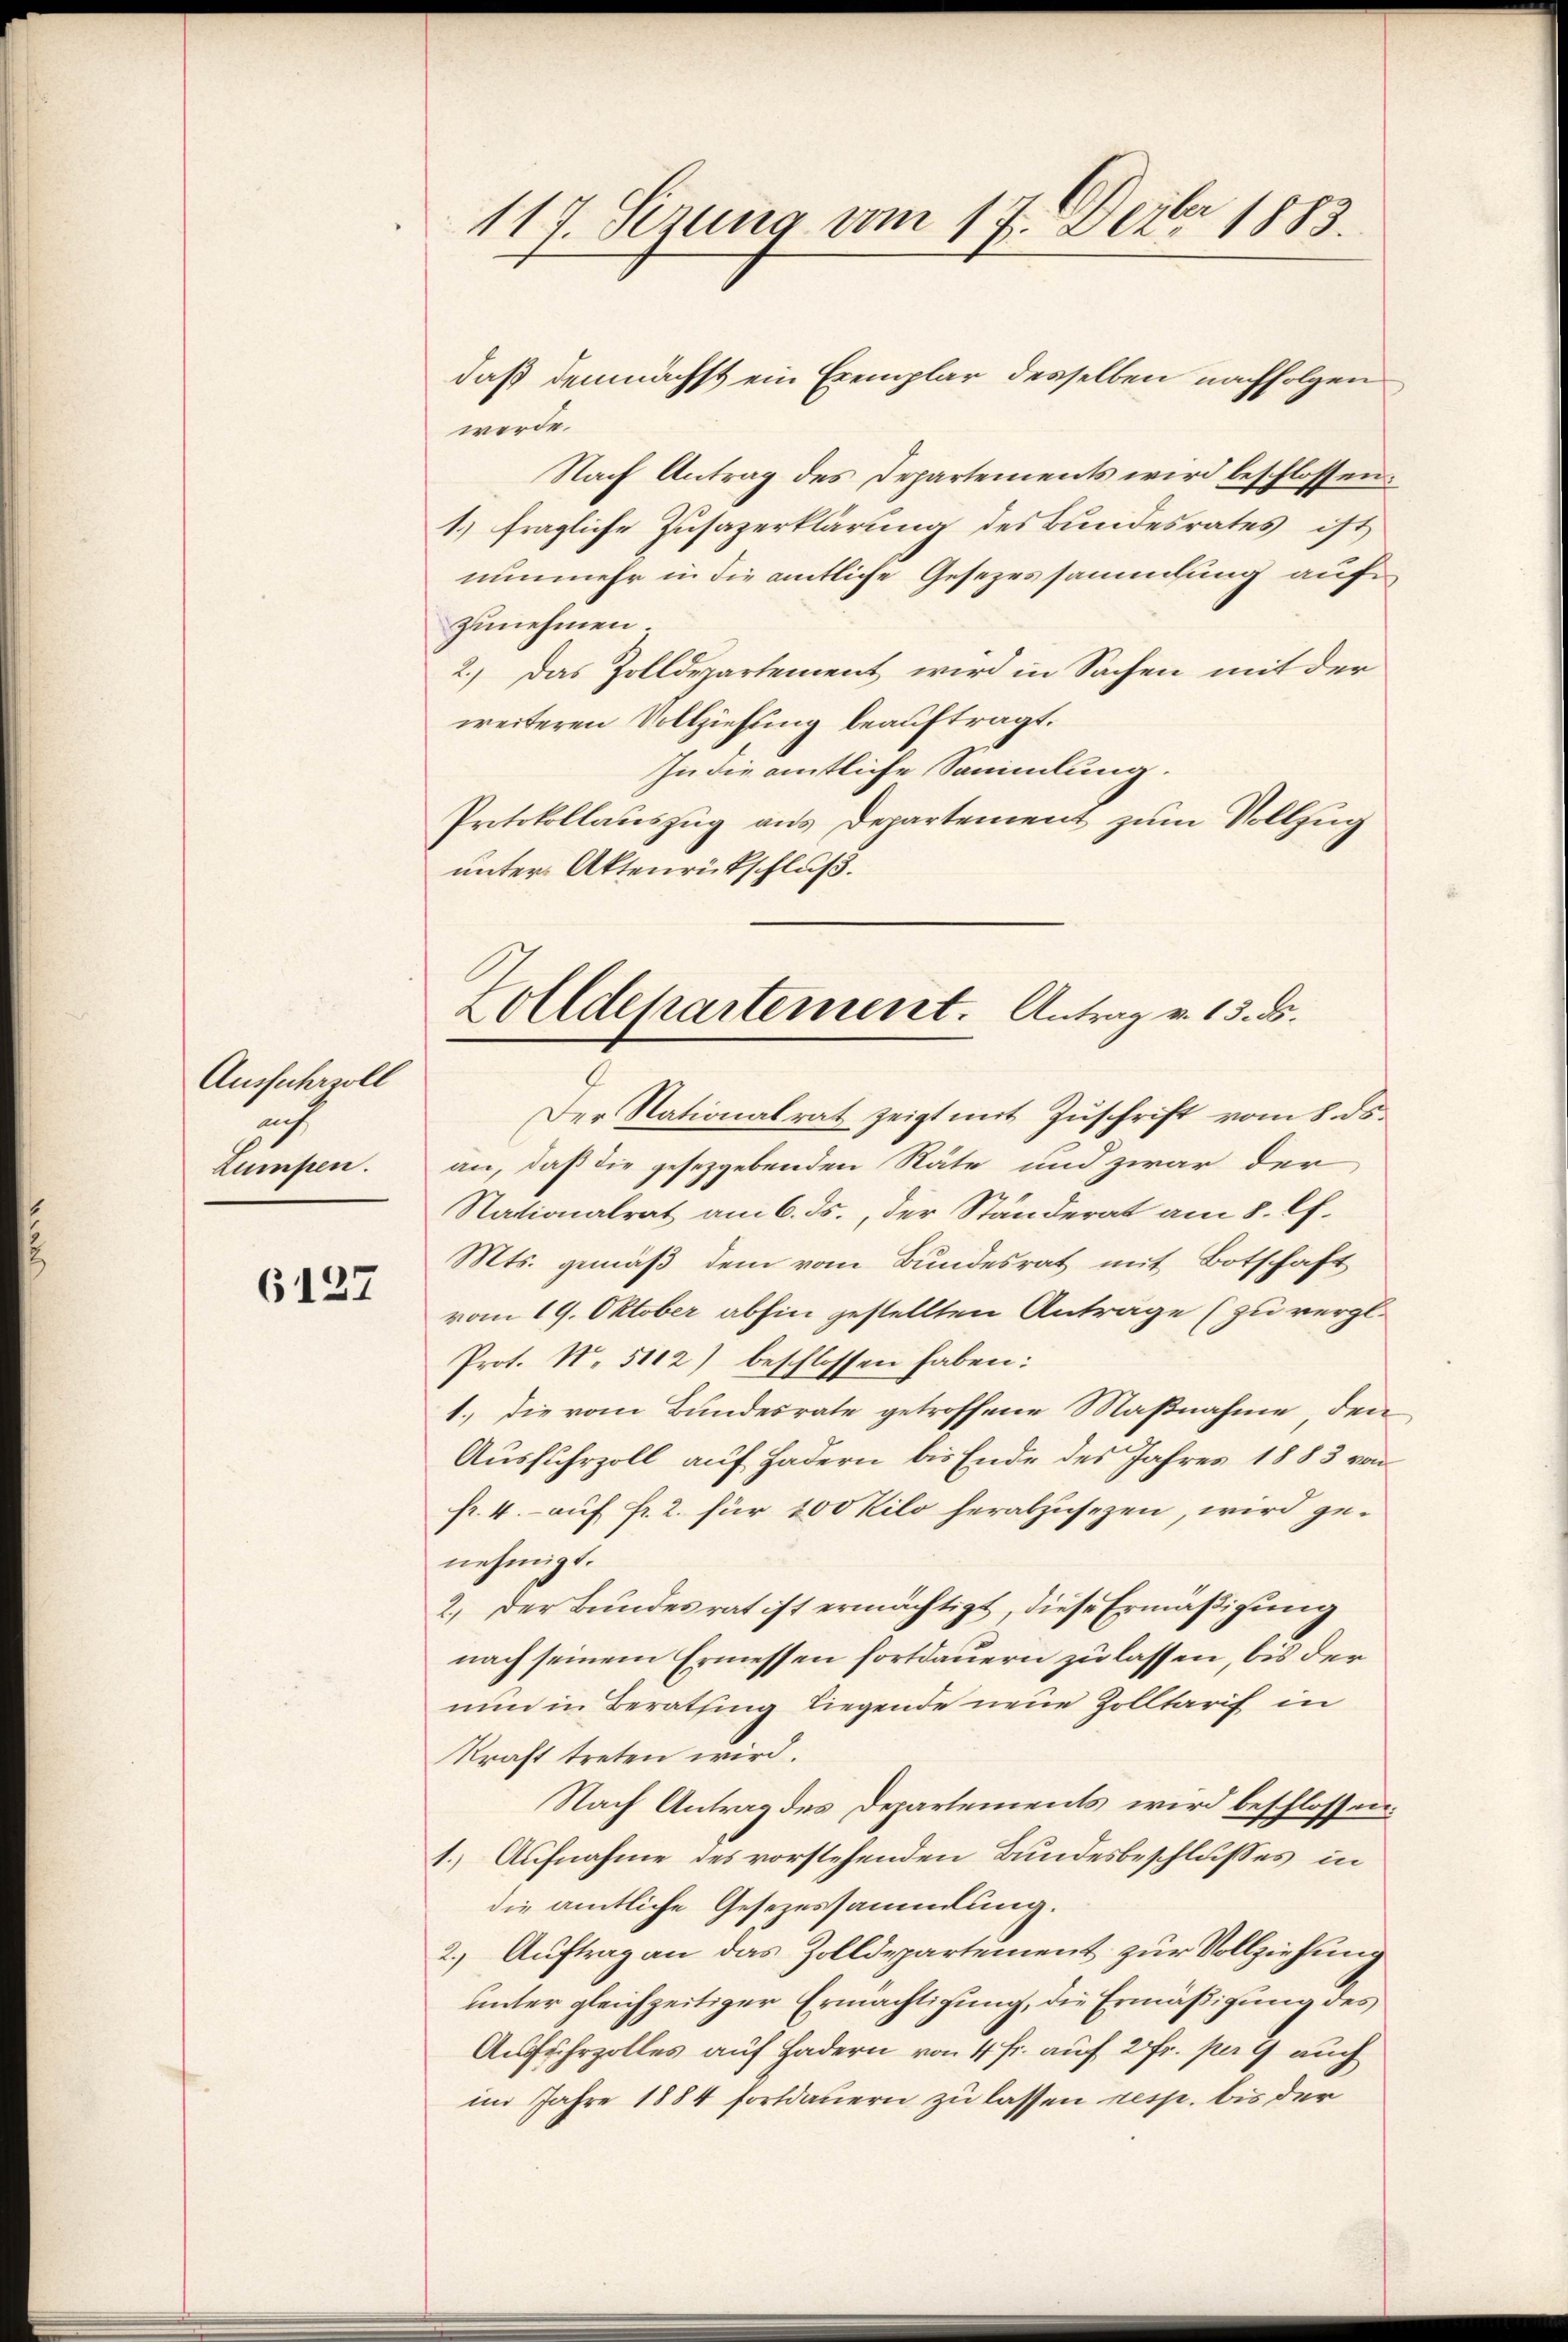
Ausfuhrzoll
auch
Lumpen.

6127

117. Sezung vom 17. Dezbr 1883.

Zolldepartement. Antrag v. 13. ds.

daß demnächst ein Exemplar desselben nachfolgen
werde.
Nach Antrag des Departements wird beschlossen:
1.) fragliche Zusazerklärung des Bundesrates ist
nunmehr in die amtliche Gesezessammlung aufzunehmen.
2.) Das Zolldepartement wird in Sachen mit der
weiteren Vollziehung beauftragt.
In die amtliche Sammlung.
Protokollauszug aus Departement zum Vollzug
unter Aktenrückschluß.

Der Nationalrat zeigt mit Zuschrift vom 8. ds.
an, daß die gesezgebenden Räte und zwar der
Nationalrat am 6. ds., der Ständerat am 8. Ch.
Mts. gemäß dem vom Bundesrat mit Botschaft
vom 19. Oktober abhin gestellten Antrage (zu vergl.
Prot. N. 5112) beschlossen haben:
1., die vom Bundesrate getroffene Maßnahme den
Ausfuhrzoll auf Hadern bis Ende des Jahres 1883 von
fr. 4. auf fr. 2. für 100 Kilo herabzusezen, wird ge-
nehmigt.
2.) Der Bundesrat ist ermächtigt, diese Ermäßigung
nach seinem Ermessen fortdauern zu lassen, bis der
nun in Berathung liegende neue Zolltarif in
kraft treten wird.
Nach Antrag des Departements wird beschlossen:
1.) Aufnahme des vorstehenden Bundesbeschlusses in
die amtliche Gesezessammlung.
2.) Auftrag an das Zolldepartement zur Vollziehung
unter gleichzeitiger Ermächtigung, die Ermäßigung des
Ausfuhrzolles auf Hadern von 4 fr. auf 2 Fr. pers auch
im Jahre 1884 fortdauern zu lassen resp. bis der